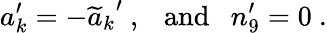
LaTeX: a_{k}^{\prime}=-{\widetilde a_{k}}^{\prime}\ ,\ \ \ \mathrm{and}\ \ \ n_{9}^{\prime}=0\ .